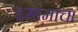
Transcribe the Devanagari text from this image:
इमामाचा